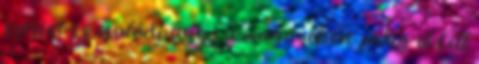
szerint ez családi ügy, a magánéletet pedig el kell